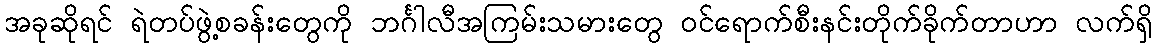
အခုဆိုရင် ရဲတပ်ဖွဲ့စခန်းတွေကို ဘင်္ဂါလီအကြမ်းသမားတွေ ဝင်ရောက်စီးနင်းတိုက်ခိုက်တာဟာ လက်ရှိ